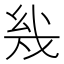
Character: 𰒨